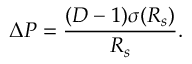
\Delta P = \frac { ( D - 1 ) \sigma ( R _ { s } ) } { R _ { s } } .